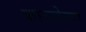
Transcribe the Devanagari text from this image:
फाटलेल्या